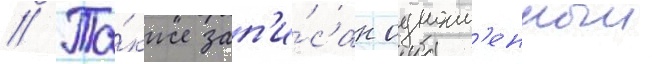
// Та́кже зап'и́сан одноим'енныи